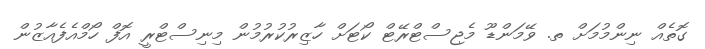
ގޮތެއް ނިންމުމަށް ތ. ވޭމަންޑޫ މެޖިސްޓްރޭޓް ކޯޓަށް ހާޒިރުކުރުމުން މިނިސްޓްރީ އޮފް ހޯމްއެފެއާޒުން